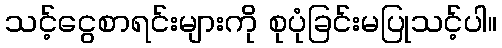
သင့်ငွေစာရင်းများကို စုပုံခြင်းမပြုသင့်ပါ။